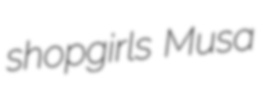
shopgirls Musa